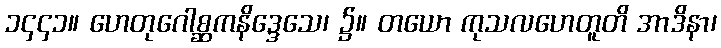
၁၄၄၁။ ဟေတုဂေါစ္ဆကနိဒ္ဒေသေ၊ ၌။ တယော ကုသလဟေတူတိ အာဒိနာ၊